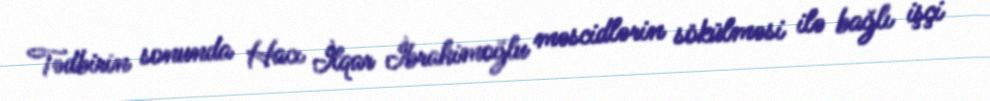
Tədbirin sonunda Hacı İlqar İbrahimoğlu məscidlərin sökülməsi ilə bağlı işçi